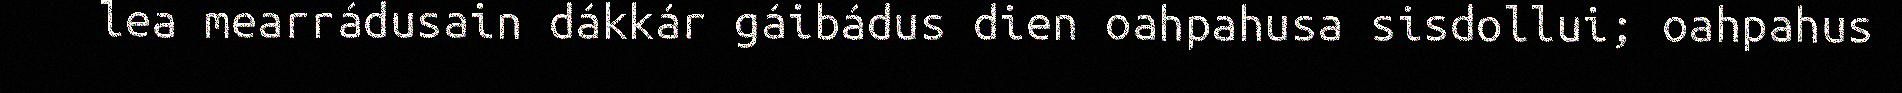
lea mearrádusain dákkár gáibádus dien oahpahusa sisdollui; oahpahus